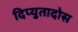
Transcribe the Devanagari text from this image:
दिप्युतादोस